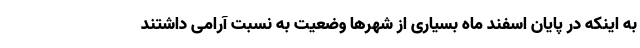
به اینکه در پایان اسفند ماه بسیاری از شهرها وضعیت به نسبت آرامی داشتند